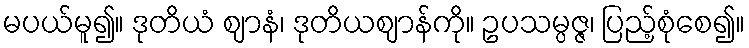
မပယ်မူ၍။ ဒုတိယံ ဈာနံ၊ ဒုတိယဈာန်ကို။ ဥပသမ္ပဇ္ဇ၊ ပြည့်စုံစေ၍။